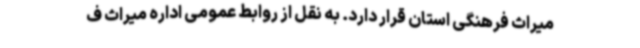
میراث فرهنگی استان قرار دارد. به نقل از روابط عمومی اداره میراث ف